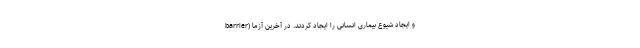
barrier) و ایجاد شیوع بیماری انسانی را ایجاد کردند. در آخرین آزما